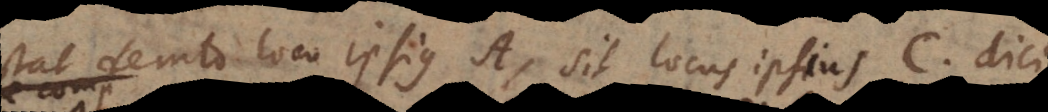
stat demto loco ipsius A, sit locus ipsius C, dici